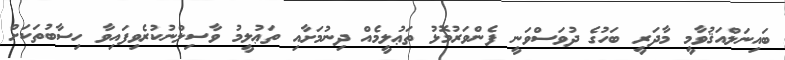
ބައިނަލްއަޤުވާމީ މާދަރީ ބަހުގެ ދުވަސްވަނީ ފެންވަރުމޮޅު ތަޢުލީމެއް ދިނުމަށާއި ތަޢުލީމު ވާސިލްނުކުރެވިފައިވާ ހިސާބުތަކަށް